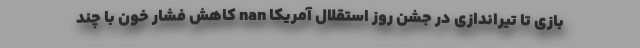
بازی تا تیراندازی در جشن روز استقلال آمریکا nan کاهش فشار خون با چند